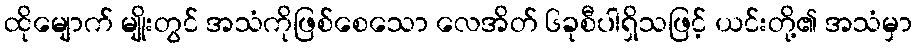
ထိုမျောက် မျိုးတွင် အသံကိုဖြစ်စေသော လေအိတ် ၆ခုစီပါရှိသဖြင့် ယင်းတို့၏ အသံမှာ